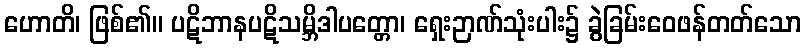
ဟောတိ၊ ဖြစ်၏။ ပဋိဘာနပဋိသမ္ဘိဒါပတ္တော၊ ရှေးဉာဏ်သုံးပါး၌ ခွဲခြမ်းဝေဖန်တတ်သော